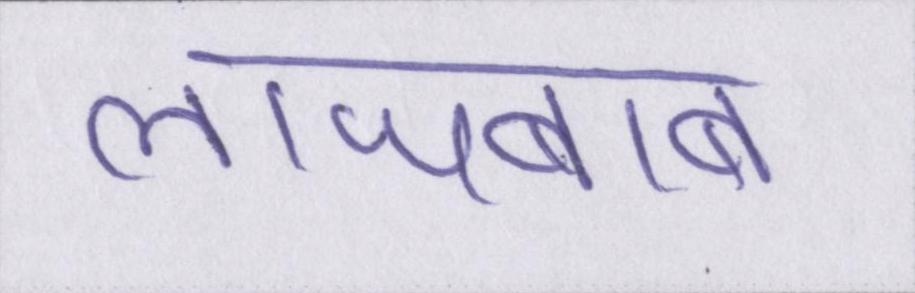
लाजबाब